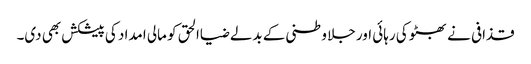
قذافی نے بھٹو کی رہائی اور جلا وطنی کے بدلے ضیاالحق کو مالی امداد کی پیشکش بھی دی۔